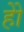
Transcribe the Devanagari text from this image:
हेेो